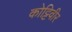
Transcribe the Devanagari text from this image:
कोट्टिवीर